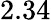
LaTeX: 2.34